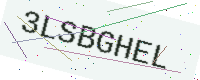
Text: 3LSBGHEL